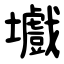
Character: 㚀